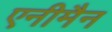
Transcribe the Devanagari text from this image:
एनीमैन